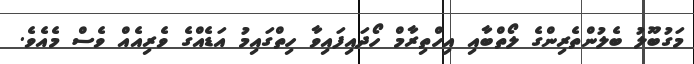
މަގުބޫލު ބެލުންތެރިންގެ ލޯތްބާއި އިހްތިރާމް ހޯދައިފައިވާ ހިތްގައިމު އަޑެއްގެ ވެރިއެއް ވެސް މެއެވެ.